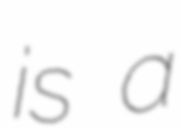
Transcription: is a